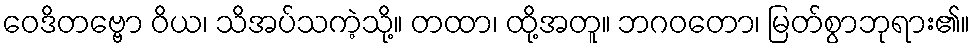
ဝေဒိတဗ္ဗော ဝိယ၊ သိအပ်သကဲ့သို့။ တထာ၊ ထို့အတူ။ ဘဂဝတော၊ မြတ်စွာဘုရား၏။